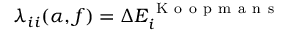
\lambda _ { i i } ( \alpha , f ) = \Delta E _ { i } ^ { \mathrm { ~ K ~ o ~ o ~ p ~ m ~ a ~ n ~ s ~ } }